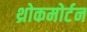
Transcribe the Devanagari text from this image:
थ्रोकमोर्टन